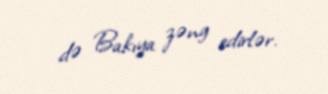
də Bakıya zəng edirlər.